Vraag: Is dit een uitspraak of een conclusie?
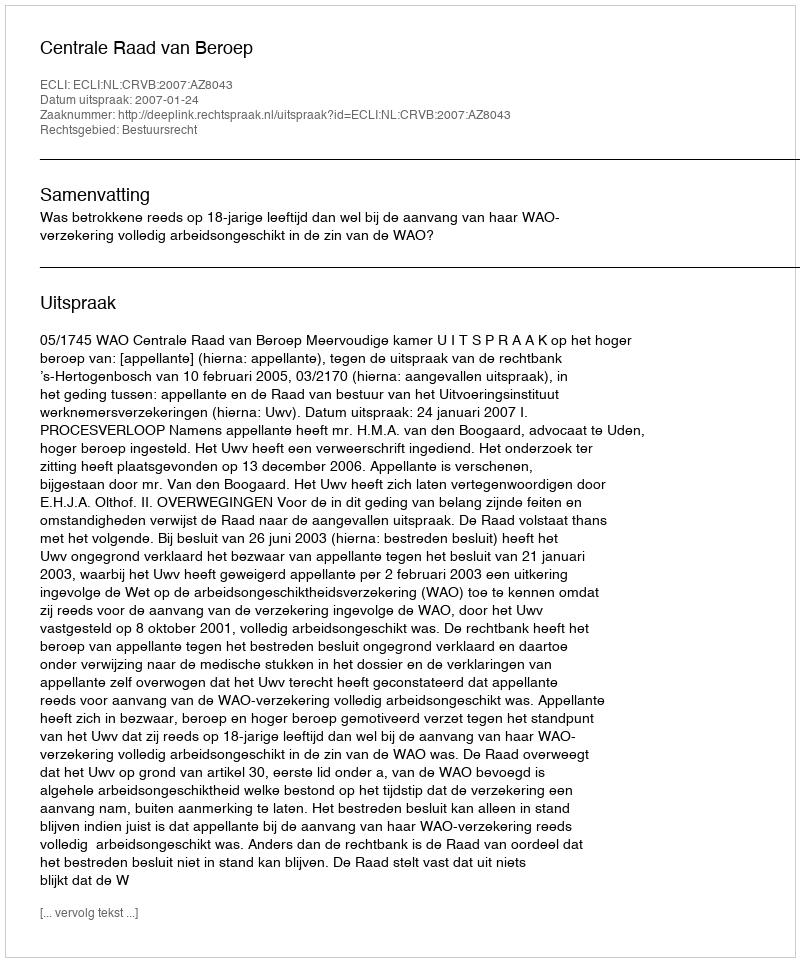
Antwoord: Uitspraak